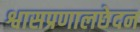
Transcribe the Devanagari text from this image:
श्वासप्रणालछेदन